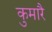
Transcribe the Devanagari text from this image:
कुमारै